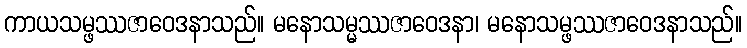
ကာယသမ္ဖဿဇာဝေဒနာသည်။ မနောသမ္မဿဇာဝေဒနာ၊ မနောသမ္ဖဿဇာဝေဒနာသည်။